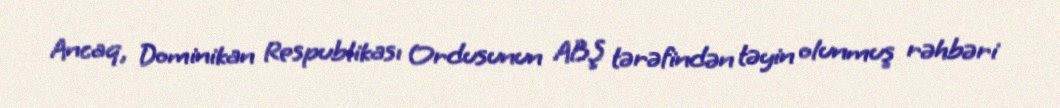
Ancaq, Dominikan Respublikası Ordusunun ABŞ tərəfindən təyin olunmuş rəhbəri